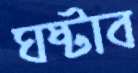
ঘষ্‌টাব